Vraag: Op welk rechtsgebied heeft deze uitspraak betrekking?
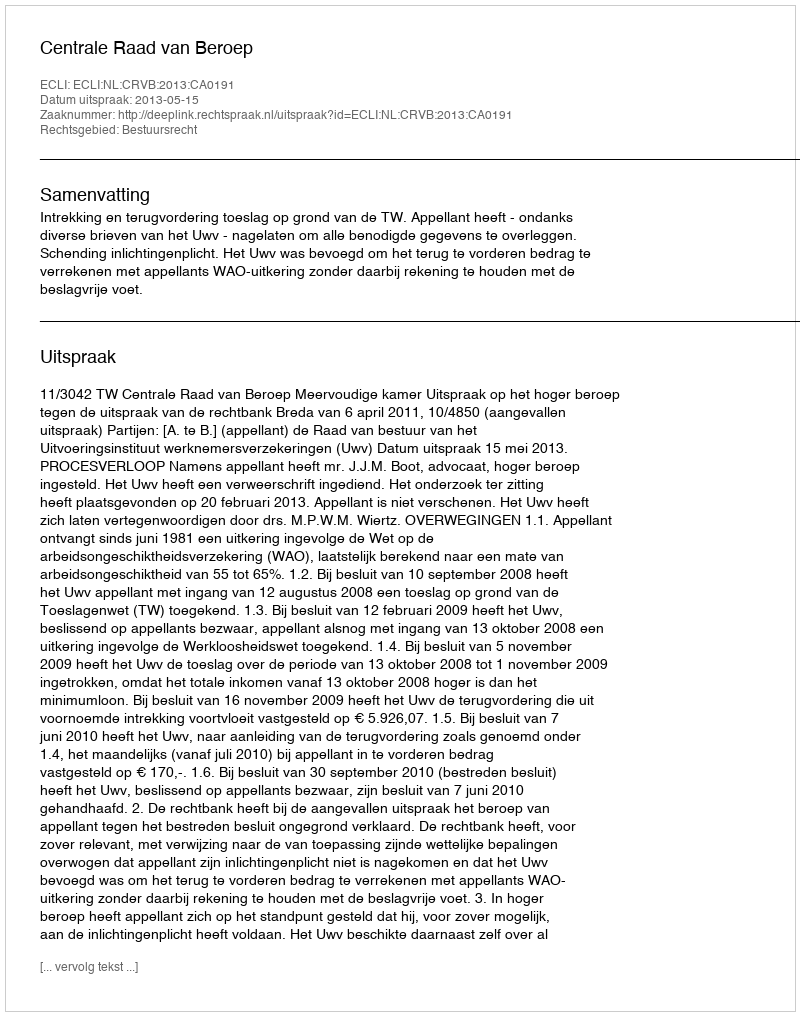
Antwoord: Bestuursrecht